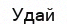
Удай